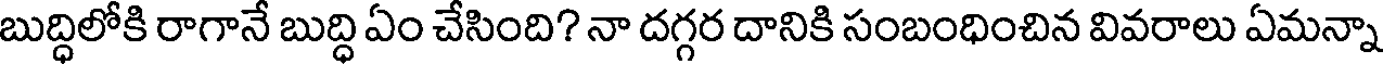
బుద్ధిలోకి రాగానే బుద్ధి ఏం చేసింది? నా దగ్గర దానికి సంబంధించిన వివరాలు ఏమన్నా